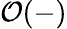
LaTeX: {\mathcal{O}}(-)